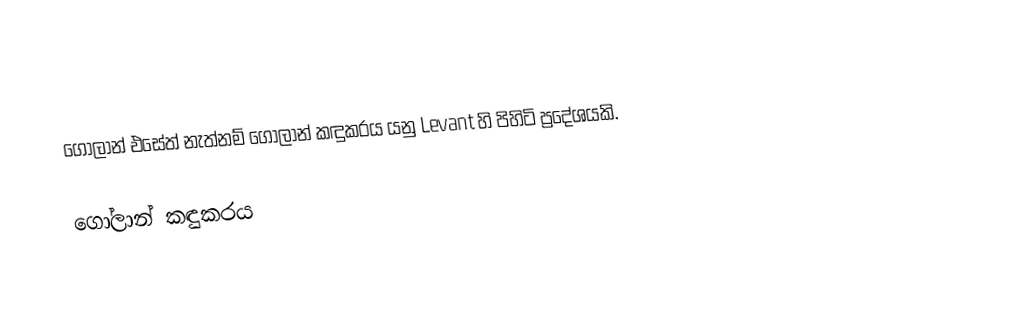
ගෝලාන් එසේත් නැත්නම් ගෝලාන් කඳුකරය යනු Levant හි පිහිටි ප්‍රදේශයකි.

ගෝලාන් කඳුකරය